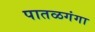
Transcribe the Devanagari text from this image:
पातळगंगा